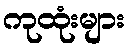
ကုထုံးများ